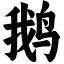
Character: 鹅